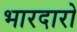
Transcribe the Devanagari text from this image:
भारदारो